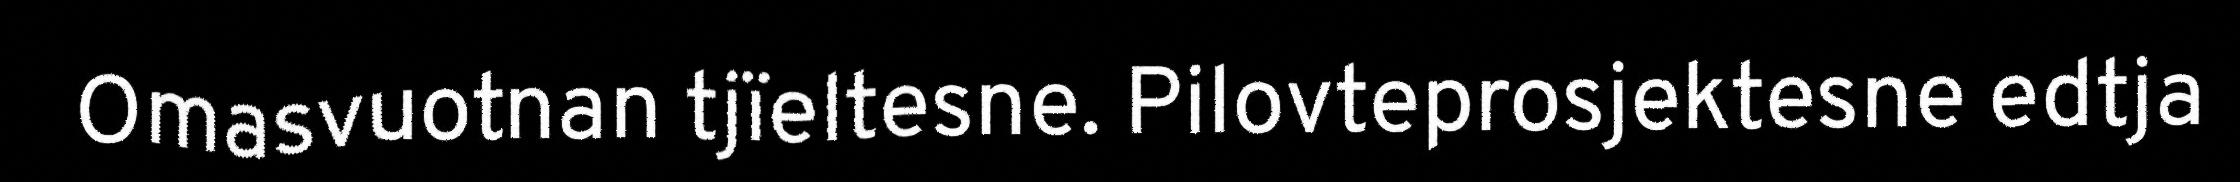
Omasvuotnan tjïeltesne. Pilovteprosjektesne edtja